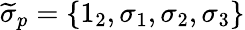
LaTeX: \widetilde{\sigma}_{p}=\left\{ 1_{2},\sigma_{1},\sigma_{2},\sigma_{3}\right\}